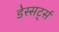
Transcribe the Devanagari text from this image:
डेस्सर्ट्स